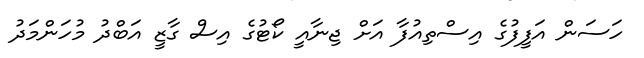
ހަސަން އަފީފުގެ އިސްތިއުފާ އަށް ޖިނާއީ ކޯޓުގެ އިސް ގާޒީ އަބްދު މުހަންމަދު